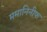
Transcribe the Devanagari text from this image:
ममानिनीफ